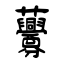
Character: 虋